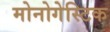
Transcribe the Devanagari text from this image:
मोनोगेस्टिक